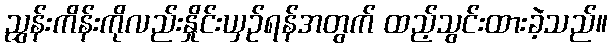
ညွှန်းကိန်းကိုလည်းနှိုင်းယှဉ်ရန်အတွက် ထည့်သွင်းထားခဲ့သည်။